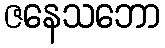
ဇနေသဘော